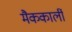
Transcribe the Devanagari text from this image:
मैककार्ली